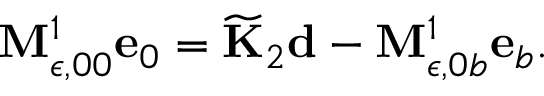
{ \bf M } _ { \epsilon , 0 0 } ^ { 1 } \mathbf { e } _ { 0 } = \widetilde { \bf K } _ { 2 } \mathbf { d } - { \bf M } _ { \epsilon , 0 b } ^ { 1 } \mathbf { e } _ { b } .